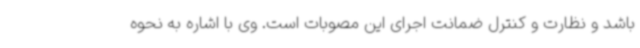
باشد و نظارت و کنترل ضمانت اجرای این مصوبات است. وی با اشاره به نحوه